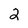
Character: 2